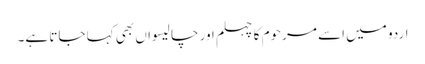
اردو میں اسے مرحوم کا چہلم اور چالیسواں بھی کہا جاتا ہے۔